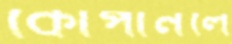
কোপানলে